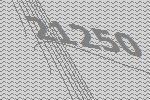
21250